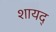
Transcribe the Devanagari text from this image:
शायद्